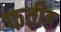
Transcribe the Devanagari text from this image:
फतीह